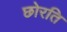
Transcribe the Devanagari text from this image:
छोरति